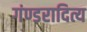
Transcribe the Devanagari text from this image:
गंण्डरादित्य